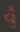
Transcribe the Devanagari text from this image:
युँ